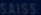
SALES